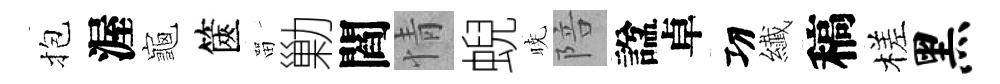
抱渥龜篋㽞勦閻情蜺暁陪諡卓㓛纎稿槎黑